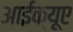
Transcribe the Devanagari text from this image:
आईक्यूए